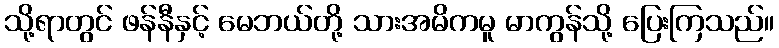
သို့ရာတွင် ဖန်နီနှင့် မေဘယ်တို့ သားအမိကမူ မာကွန်သို့ ပြေးကြသည်။